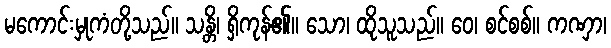
မကောင်းမှုကံတို့သည်။ သန္တိ၊ ရှိကုန်၏။ သော၊ ထိုသူသည်။ ဝေ၊ စင်စစ်။ ကဏှာ၊